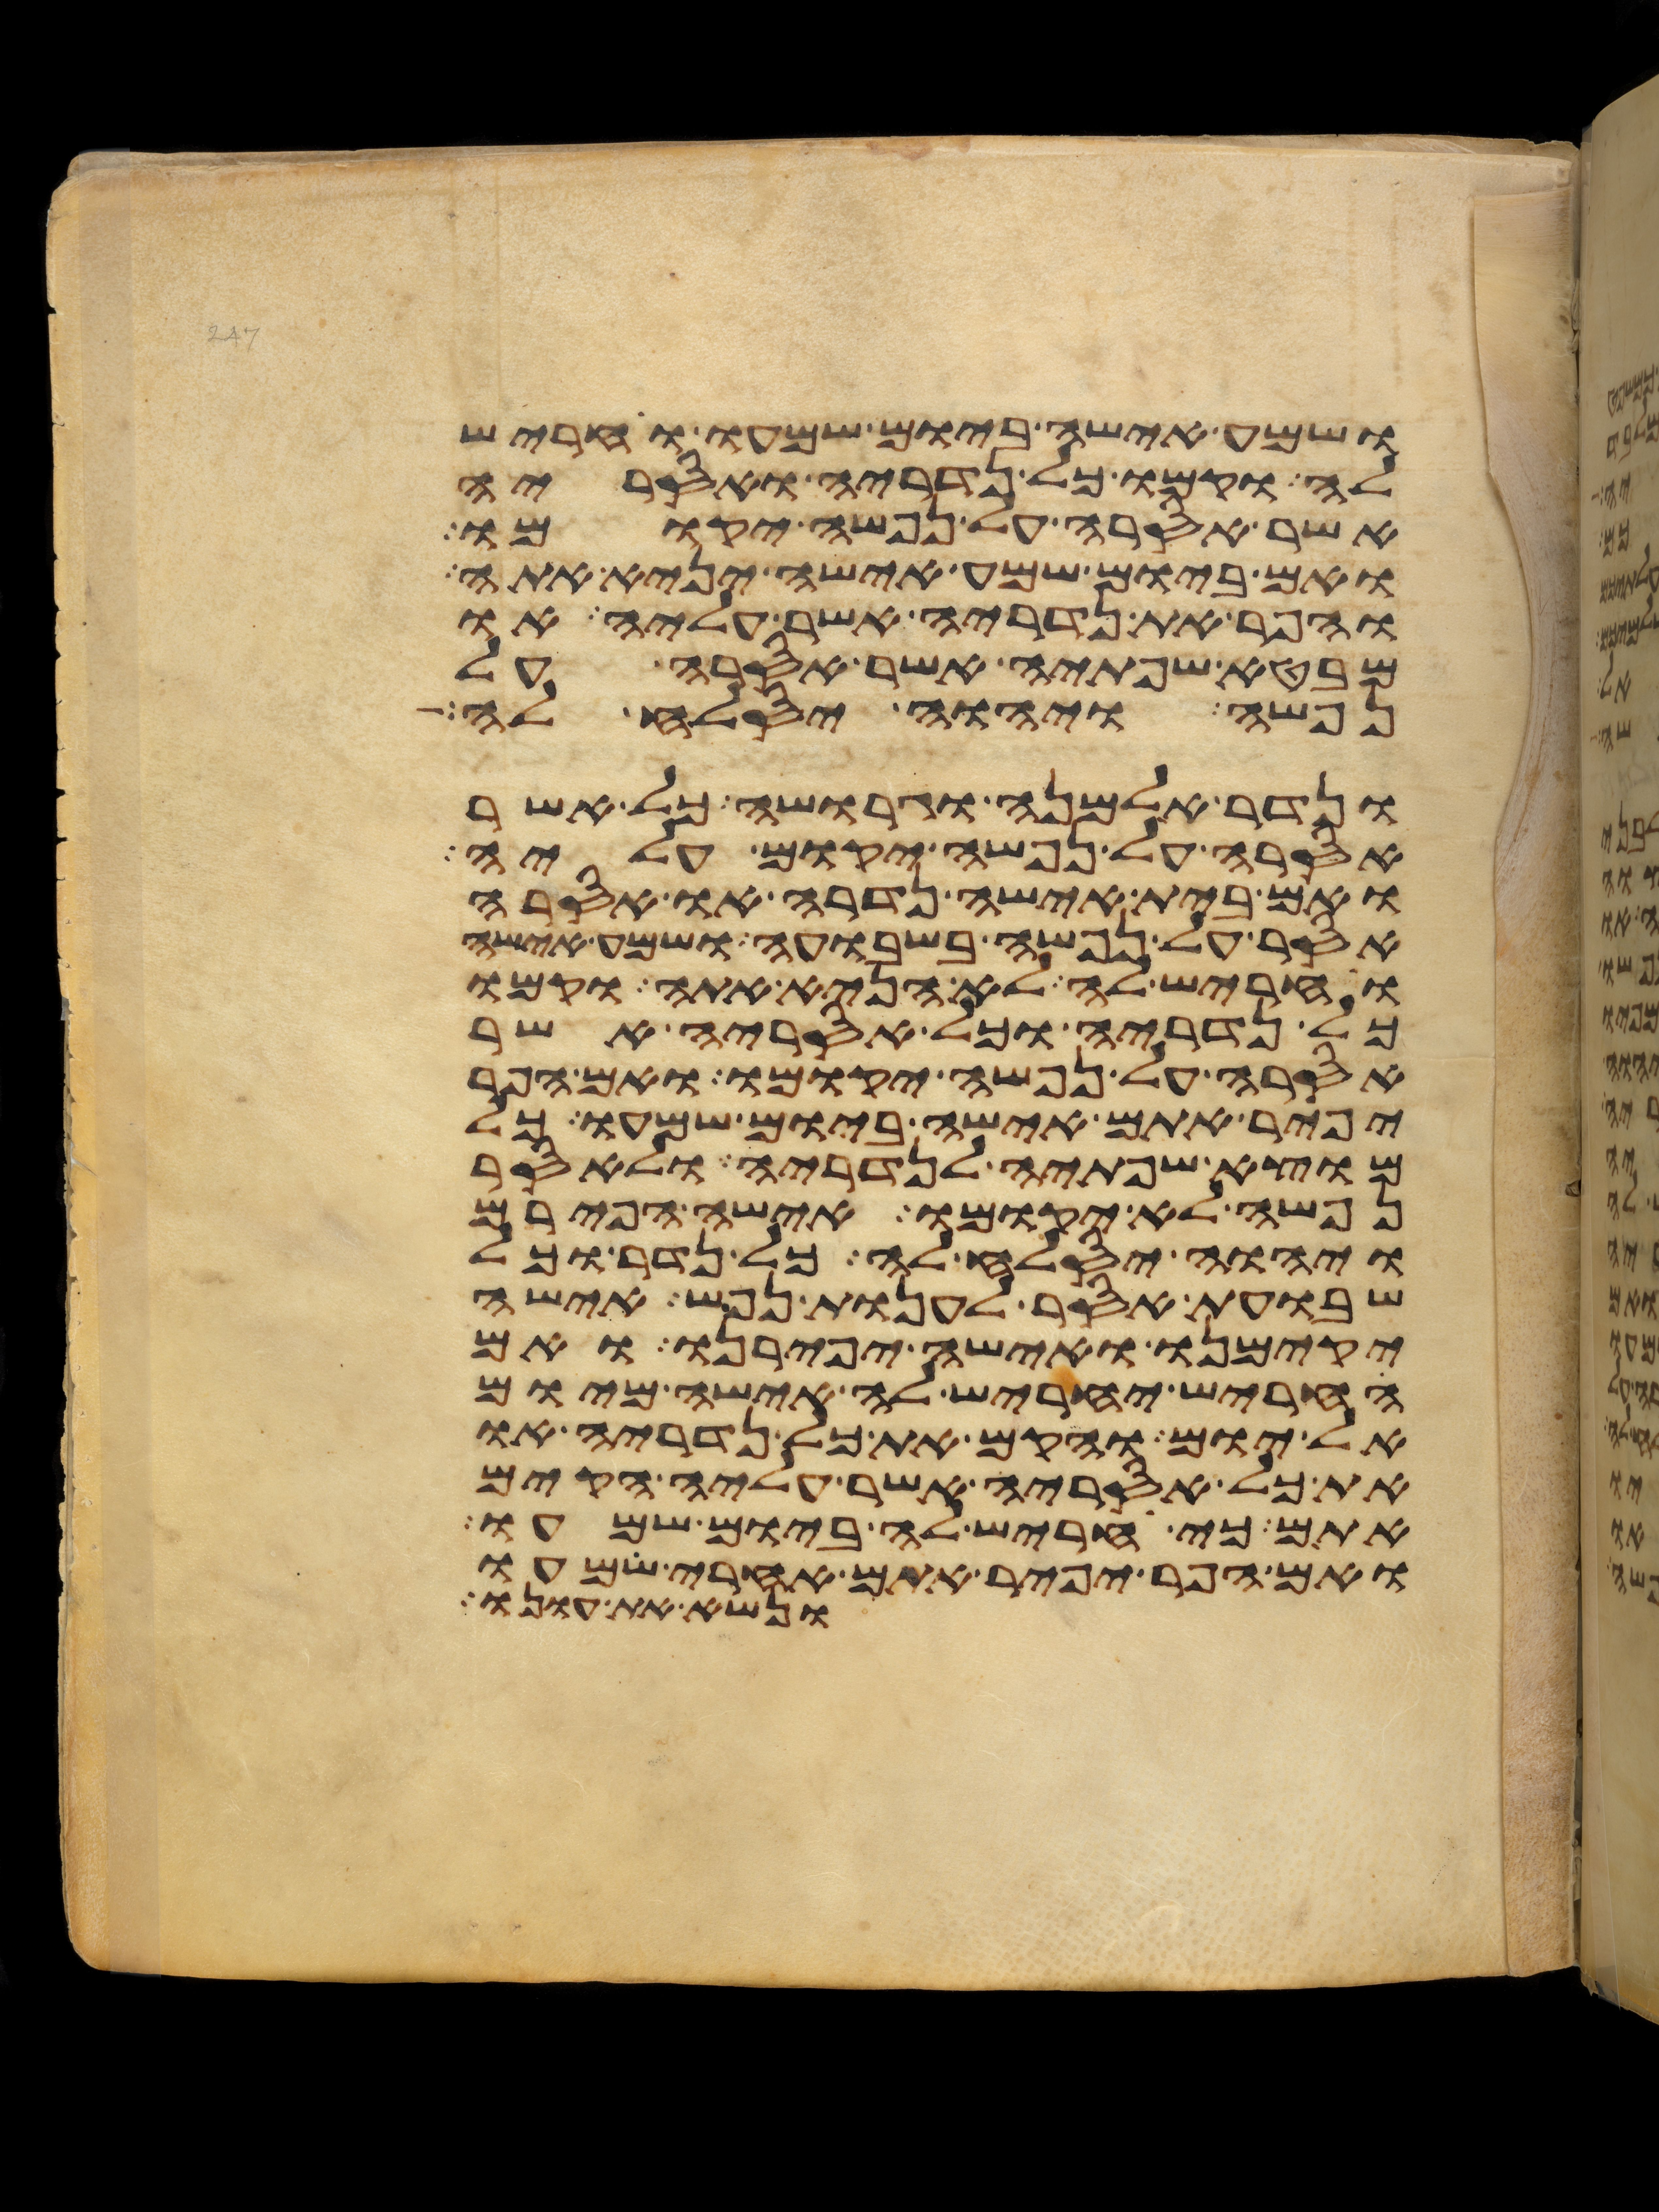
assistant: ושמע אישה ביום שמעו וחריש
לה וקמו כל נדריה ואסריה
אשר אסרה על נפשה יקומו
ואם ביום שמע אישה יניא אתה
והפר את נדריה אשר עליה או
מבטא שפתיה אשר אסרה על
נפשה ויהוה יסלח לה
ונדר אלמנה וגרושה כל אשר
אסרה על נפשה יקום עליה
ואם בית אישה נדרה או אסרה
אסר על נפשה בשבועה ושמע אישה
וחריש לה לא הניא אתה וקמו
כל נדריה וכל אסריה אשר
אסרה על נפשה יקומו ואם הפר
יפיר אתם אישה ביום שמעו כל
מוצא שפתיה לנדריה ולאסר
נפשה לא יקומו אישה הפירם
ויהוה יסלח לה כל נדר וכל
שבועת אסר לענות נפש אישה
יקימנו ואישה יפירנו ואם
החריש יחריש לה אישה מיום
אל יום והקם את כל נדריה או
את כל אסריה אשר עליה הקים
אתם כי חריש לה ביום שמעו
ואם הפר יפיר אתם אחרי שמעו
ונשא את עונו